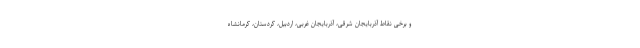
و برخی نقاط آذربایجان شرقی، آذربایجان غربی، اردبیل، کردستان، کرمانشاه